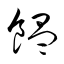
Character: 饂